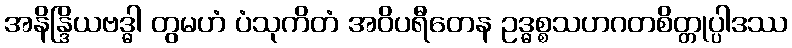
အနိန္ဒြိယဗဒ္ဓါ တွမဟံ ပံသုကိတံ အဝိပရီတေန ဥဒ္ဓစ္စသဟဂတစိတ္တုပ္ပါဒဿ